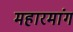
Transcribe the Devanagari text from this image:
महारमांग